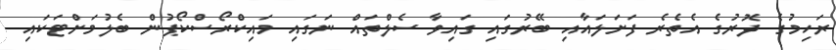
ރަހިމުގެ ދޮރުގެ އެތެރެ ފަށަލައާއި ބޭރުގައި ގައިވާ ސެލްތައް ނަގައި މައިކްރޯސްކޯޕުން ބެލުމަށްޓަކައި